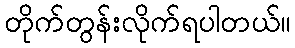
တိုက်တွန်းလိုက်ရပါတယ်။